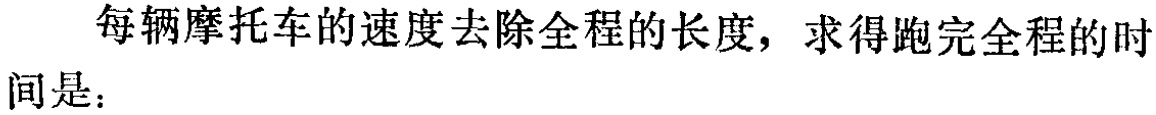
每辆摩托车的速度去除全程的长度，求得跑完全程的时间是：